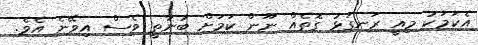
އެކަމަކު މިއީ ރަނގަޅު ގޮތެއް ނޫން ކަމަށް ބުނާތީ ވެސް އިވޭނެ އެވެ.